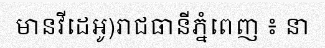
មានវីដេអូ)រាជធានីភ្នំពេញ ៖ នា